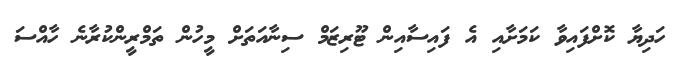
ހަދިޔާ ކޮށްފައިވާ ކަމަށާއި އެ ފައިސާއިން ޓޫރިޒަމް ސިނާއަތަށް މީހުން ތަމްރީންކުރާނެ ހާއްސަ